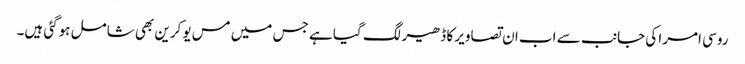
روسی امرا کی جانب سے اب ان تصاویر کا ڈھیر لگ گیا ہے جس میں مس یوکرین بھی شامل ہوگئی ہیں۔